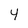
Character: 4